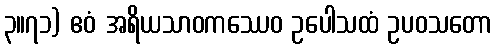
၃။၇၁) ဧဝံ အရိယသာဝကဿေဝ ဥပေါသထံ ဥပဝသတော